Annual statistical returns and brief notes on vaccination in Bengal - 1909-1929
Year: 1909
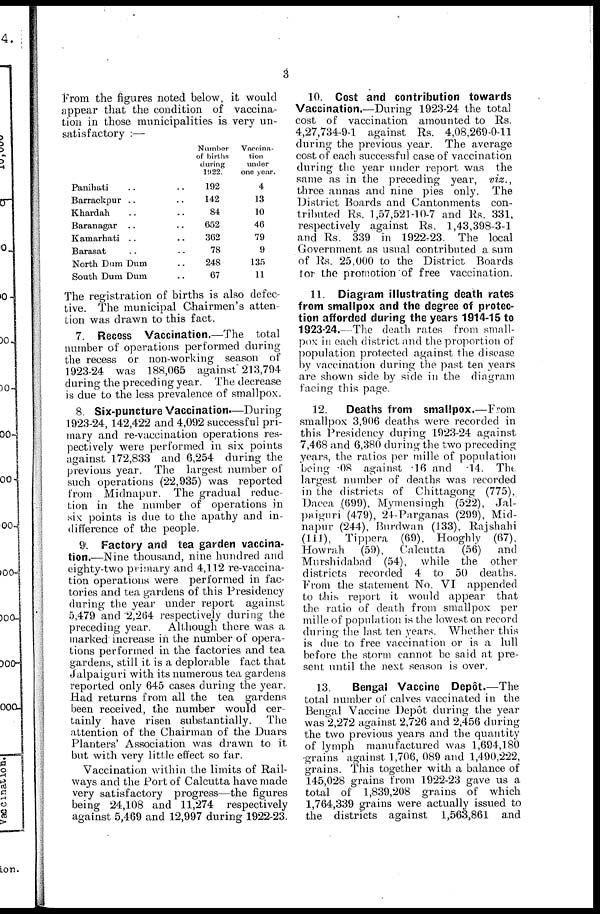
3
From the figures noted below, it would
appear that the condition of vaccina-
tion in those municipalities is very un-
satisfactory :—
Panihati ... ...
Barrackpur ... ...
Khardah ... ...
Baranagar ... ...
Kamarhati ... ...
Barasat ... ...
North Dam Dum ...
South Dum Dum ...
Number
of births
during
1922.
192
142
84
652
362
78
248
67
Vaccina-
tion
under
one year.
4
13
10
46
79
9
135
11
The registration of births is also defec-
tive. The municipal Chairmen's atten-
tion was drawn to this fact.
7. Recess Vaccination.—The total
number of operations performed during
the recess or non-working season of
1923-24 was 188,065 against 213,794
during the preceding year. The decrease
is due to the less prevalence of smallpox.
8. Six-puncture Vaccination.—During
1923-24, 142,422 and 4,092 successful pri-
mary and re-vaccination operations res-
pectively were performed in six points
against 172,833 and 6,254 during the
previous year. The largest number of
such operations (22,935) was reported
from Midnapur. The gradual reduc-
tion in the number of operations in
six points is due to the apathy and in-
difference of the people.
9. Factory and tea garden vaccina-
tion.—Nine thousand, nine hundred and
eighty-two primary and 4,112 re-vaccina-
tion operations were performed in fac-
tories and tea gardens of this Presidency
during the year under report against
5,479 and 2,264 respectively during the
preceding year. Although there was a
marked increase in the number of opera-
tions performed in the factories and tea
gardens, still it is a deplorable fact that
Jalpaiguri with its numerous tea gardens
reported only 645 cases during the year.
Had returns from all the tea gardens
been received, the number would cer-
tainly have risen substantially. The
attention of the Chairman of the Duars
Planters' Association was drawn to it
but with very little effect so far.
Vaccination within the limits of Rail-
ways and the Port of Calcutta have made
very satisfactory progress—the figures
being 24,108 and 11,274 respectively
against 5,469 and 12,997 during 1922-23.
10. Cost and contribution towards
Vaccination.—During 1923-24 the total
cost of vaccination amounted to Rs.
4,27,734-9-1 against Rs. 4,08,269-0-11
during the previous year. The average
cost of each successful case of vaccination
during the year under report was the
same as in the preceding year, viz.,
three annas and nine pies only. The
District Boards and Cantonments con-
tributed Rs. 1,57,521-10-7 and Rs. 331,
respectively against Rs. 1,43,398-3-1
and Rs. 339 in 1922-23. The local
Government as usual contributed a sum
of Rs. 25,000 to the District Boards
for the promotion of free vaccination.
11. Diagram illustrating death rates
from smallpox and the degree of protec-
tion afforded during the years 1914-15 to
1923-24.—The death rates from small-
pox in each district and the proportion of
population protected against the disease
by vaccination during the past ten years
are shown side by side in the diagram
facing this page.
12.
Deaths from smallpox.—From
smallpox 3,906 deaths were recorded in
this Presidency during 1923-24 against
7,468 and 6,380 during the two preceding
years, the ratios per mil1e of population
being .08 against 16 and .14. The.
largest number of deaths was recorded
in the districts of Chittagong (775),
Dacca (699), Mymensingh (522), Jal-
paiguri (479), 24-Parganas (299), Mid-
napur (244), Burdwan (133), Rajshahi
(111), Tippera (69), Hooghly (67),
Howrah
(59), Calcutta
(56) and
Murshidabad (54), while the other
districts recorded 4 to 50 deaths.
From the statement No. VI appended
to this report it would appear that
the ratio of death from smallpox per
mille of population is the lowest on record
during the last ten years. Whether this
is due to free vaccination or is a lull
before the storm cannot be said at pre-
sent until the next season is over.
13.
Bengal Vaccine Depôt.—The
total number of calves vaccinated in the
Bengal Vaccine Depot during the year
was 2,272 against 2,726 and 2,456 during
the two previous years and the quantity
of lymph manufactured was 1,694,180
grains against 1,706, 089 and 1,490,222,
grains. This together with a balance of
145,028 grains from 1922-23 gave us a
total of 1,839,208 grains of which
1,764,339 grains were actually issued to
the districts against 1,563,861 and